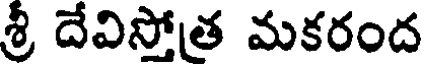
శ్రీ దేవిస్తోత మకరంద